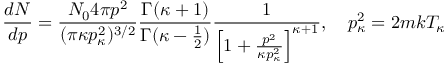
\frac { d N } { d p } = \frac { N _ { 0 } 4 \pi p ^ { 2 } } { ( \pi \kappa p _ { \kappa } ^ { 2 } ) ^ { 3 / 2 } } \frac { \Gamma ( \kappa + 1 ) } { \Gamma ( \kappa - \frac { 1 } { 2 } ) } \frac { 1 } { \Big [ 1 + \frac { p ^ { 2 } } { \kappa p _ { \kappa } ^ { 2 } } \Big ] ^ { \kappa + 1 } } , \ \ \ p _ { \kappa } ^ { 2 } = 2 m k T _ { \kappa }